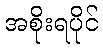
အစိုးရပိုင်